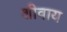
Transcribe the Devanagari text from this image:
शीवाय